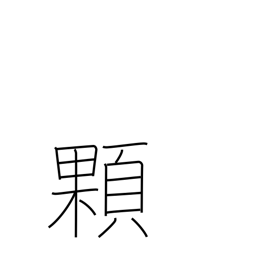
Meaning: grain (e.g. rice)